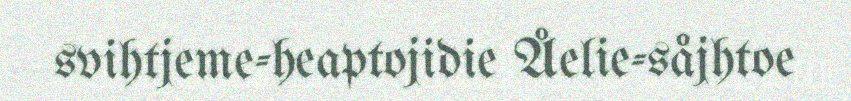
svihtjeme-heaptojidie Åelie-såjhtoe